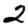
Digit: 2